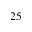
2 5